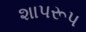
શાપરૂપ